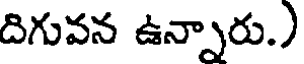
దిగువన ఉన్నారు.)